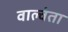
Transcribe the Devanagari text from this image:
वाल्वंता